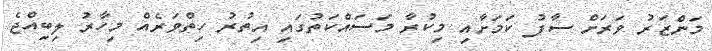
މަންޒަރު ވަރަށް ސާފު ކަމަށާއި މިކުރާ މަސައްކަތުގައި އިތުރު ހިތްވަރެއް މިހާރު ލިބިއްޖެ